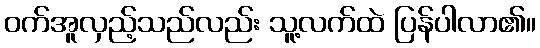
ဝက်အူလှည့်သည်လည်း သူ့လက်ထဲ ပြန်ပါလာ၏။